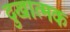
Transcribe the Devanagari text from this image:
दुखात्मक